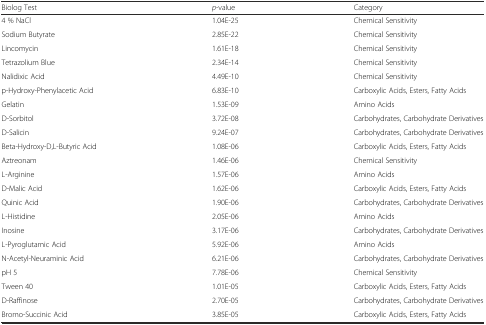
<table><thead><tr><td><b>Biolog Test</b></td><td><b><i>p</i>-value</b></td><td><b>Category</b></td></tr></thead><tbody><tr><td>4 % NaCl</td><td>1.04E-25</td><td>Chemical Sensitivity</td></tr><tr><td>Sodium Butyrate</td><td>2.85E-22</td><td>Chemical Sensitivity</td></tr><tr><td>Lincomycin</td><td>1.61E-18</td><td>Chemical Sensitivity</td></tr><tr><td>Tetrazolium Blue</td><td>2.34E-14</td><td>Chemical Sensitivity</td></tr><tr><td>Nalidixic Acid</td><td>4.49E-10</td><td>Chemical Sensitivity</td></tr><tr><td>p-Hydroxy-Phenylacetic Acid</td><td>6.83E-10</td><td>Carboxylic Acids, Esters, Fatty Acids</td></tr><tr><td>Gelatin</td><td>1.53E-09</td><td>Amino Acids</td></tr><tr><td>D-Sorbitol</td><td>3.72E-08</td><td>Carbohydrates, Carbohydrate Derivatives</td></tr><tr><td>D-Salicin</td><td>9.24E-07</td><td>Carbohydrates, Carbohydrate Derivatives</td></tr><tr><td>Beta-Hydroxy-D,L-Butyric Acid</td><td>1.08E-06</td><td>Carboxylic Acids, Esters, Fatty Acids</td></tr><tr><td>Aztreonam</td><td>1.46E-06</td><td>Chemical Sensitivity</td></tr><tr><td>L-Arginine</td><td>1.57E-06</td><td>Amino Acids</td></tr><tr><td>D-Malic Acid</td><td>1.62E-06</td><td>Carboxylic Acids, Esters, Fatty Acids</td></tr><tr><td>Quinic Acid</td><td>1.90E-06</td><td>Carbohydrates, Carbohydrate Derivatives</td></tr><tr><td>L-Histidine</td><td>2.05E-06</td><td>Amino Acids</td></tr><tr><td>Inosine</td><td>3.17E-06</td><td>Carbohydrates, Carbohydrate Derivatives</td></tr><tr><td>L-Pyroglutamic Acid</td><td>5.92E-06</td><td>Amino Acids</td></tr><tr><td>N-Acetyl-Neuraminic Acid</td><td>6.21E-06</td><td>Carbohydrates, Carbohydrate Derivatives</td></tr><tr><td>pH 5</td><td>7.78E-06</td><td>Chemical Sensitivity</td></tr><tr><td>Tween 40</td><td>1.01E-05</td><td>Carboxylic Acids, Esters, Fatty Acids</td></tr><tr><td>D-Raffinose</td><td>2.70E-05</td><td>Carbohydrates, Carbohydrate Derivatives</td></tr><tr><td>Bromo-Succinic Acid</td><td>3.85E-05</td><td>Carboxylic Acids, Esters, Fatty Acids</td></tr></tbody></table>